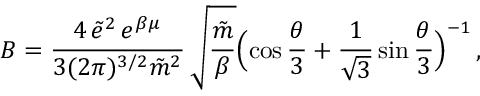
B = \frac { 4 \, \tilde { e } ^ { 2 } \, e ^ { \beta \mu } } { 3 ( 2 \pi ) ^ { 3 / 2 } \tilde { m } ^ { 2 } } \, \sqrt { \frac { \tilde { m } } { \beta } } \Bigl ( \cos \frac { \theta } { 3 } + \frac { 1 } { \sqrt { 3 } } \sin \frac { \theta } { 3 } \Bigr ) ^ { - 1 } \, ,